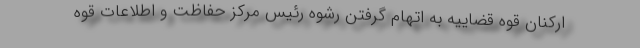
ارکنان قوه قضاییه به اتهام گرفتن رشوه رئیس مرکز حفاظت و اطلاعات قوه